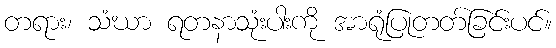
တရား၊ သံဃာ ရတနာသုံးပါးကို အာရုံပြုတတ်ခြင်းပင်။